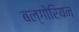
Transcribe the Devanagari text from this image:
बल्गोरियन